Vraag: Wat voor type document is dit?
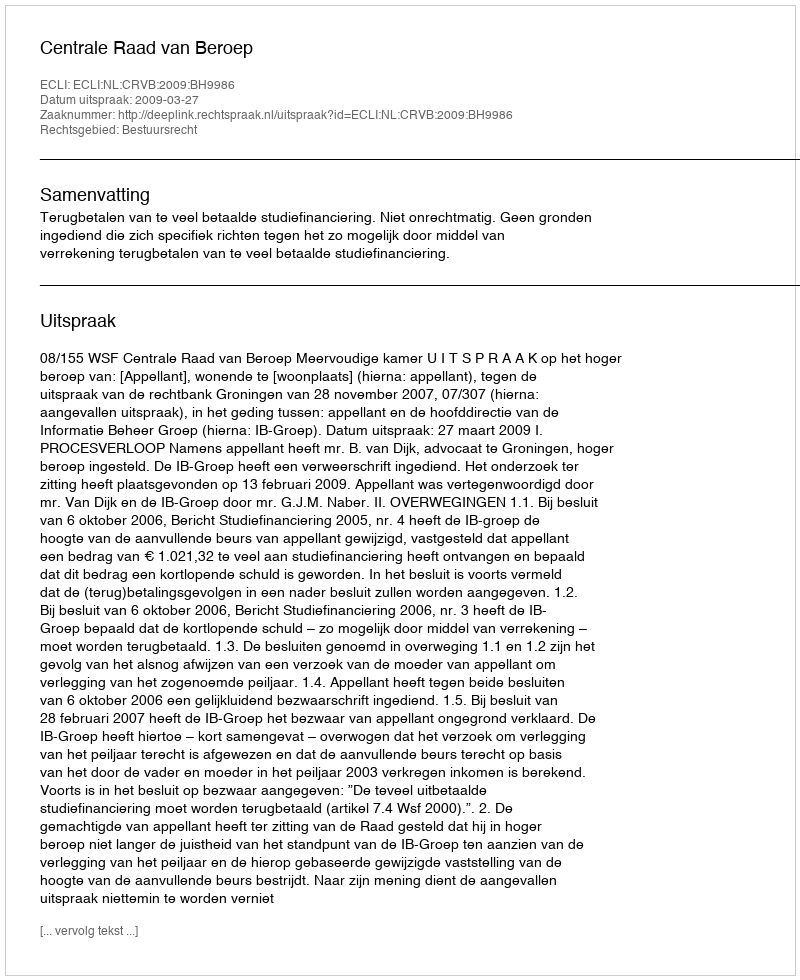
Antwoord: Uitspraak